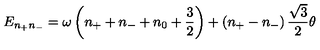
E _ { n _ { + } n _ { - } } = \omega \left( n _ { + } + n _ { - } + n _ { 0 } + { \frac { 3 } { 2 } } \right) + \left( n _ { + } - n _ { - } \right) \frac { \sqrt 3 } { 2 } \theta